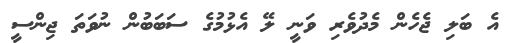
އެ ބަލި ޖެހެން މެދުވެރި ވަނީ ލޭ އެޅުމުގެ ސަބަބުން ނުވަތަ ޖިންސީ